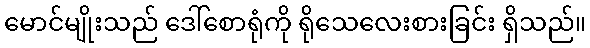
မောင်မျိုးသည် ဒေါ်စောရုံကို ရိုသေလေးစားခြင်း ရှိသည်။